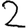
Digit: 2